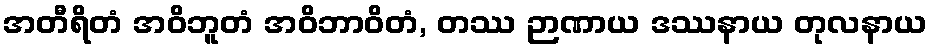
အတီရိတံ အဝိဘူတံ အဝိဘာဝိတံ, တဿ ဉာဏာယ ဒဿနာယ တုလနာယ